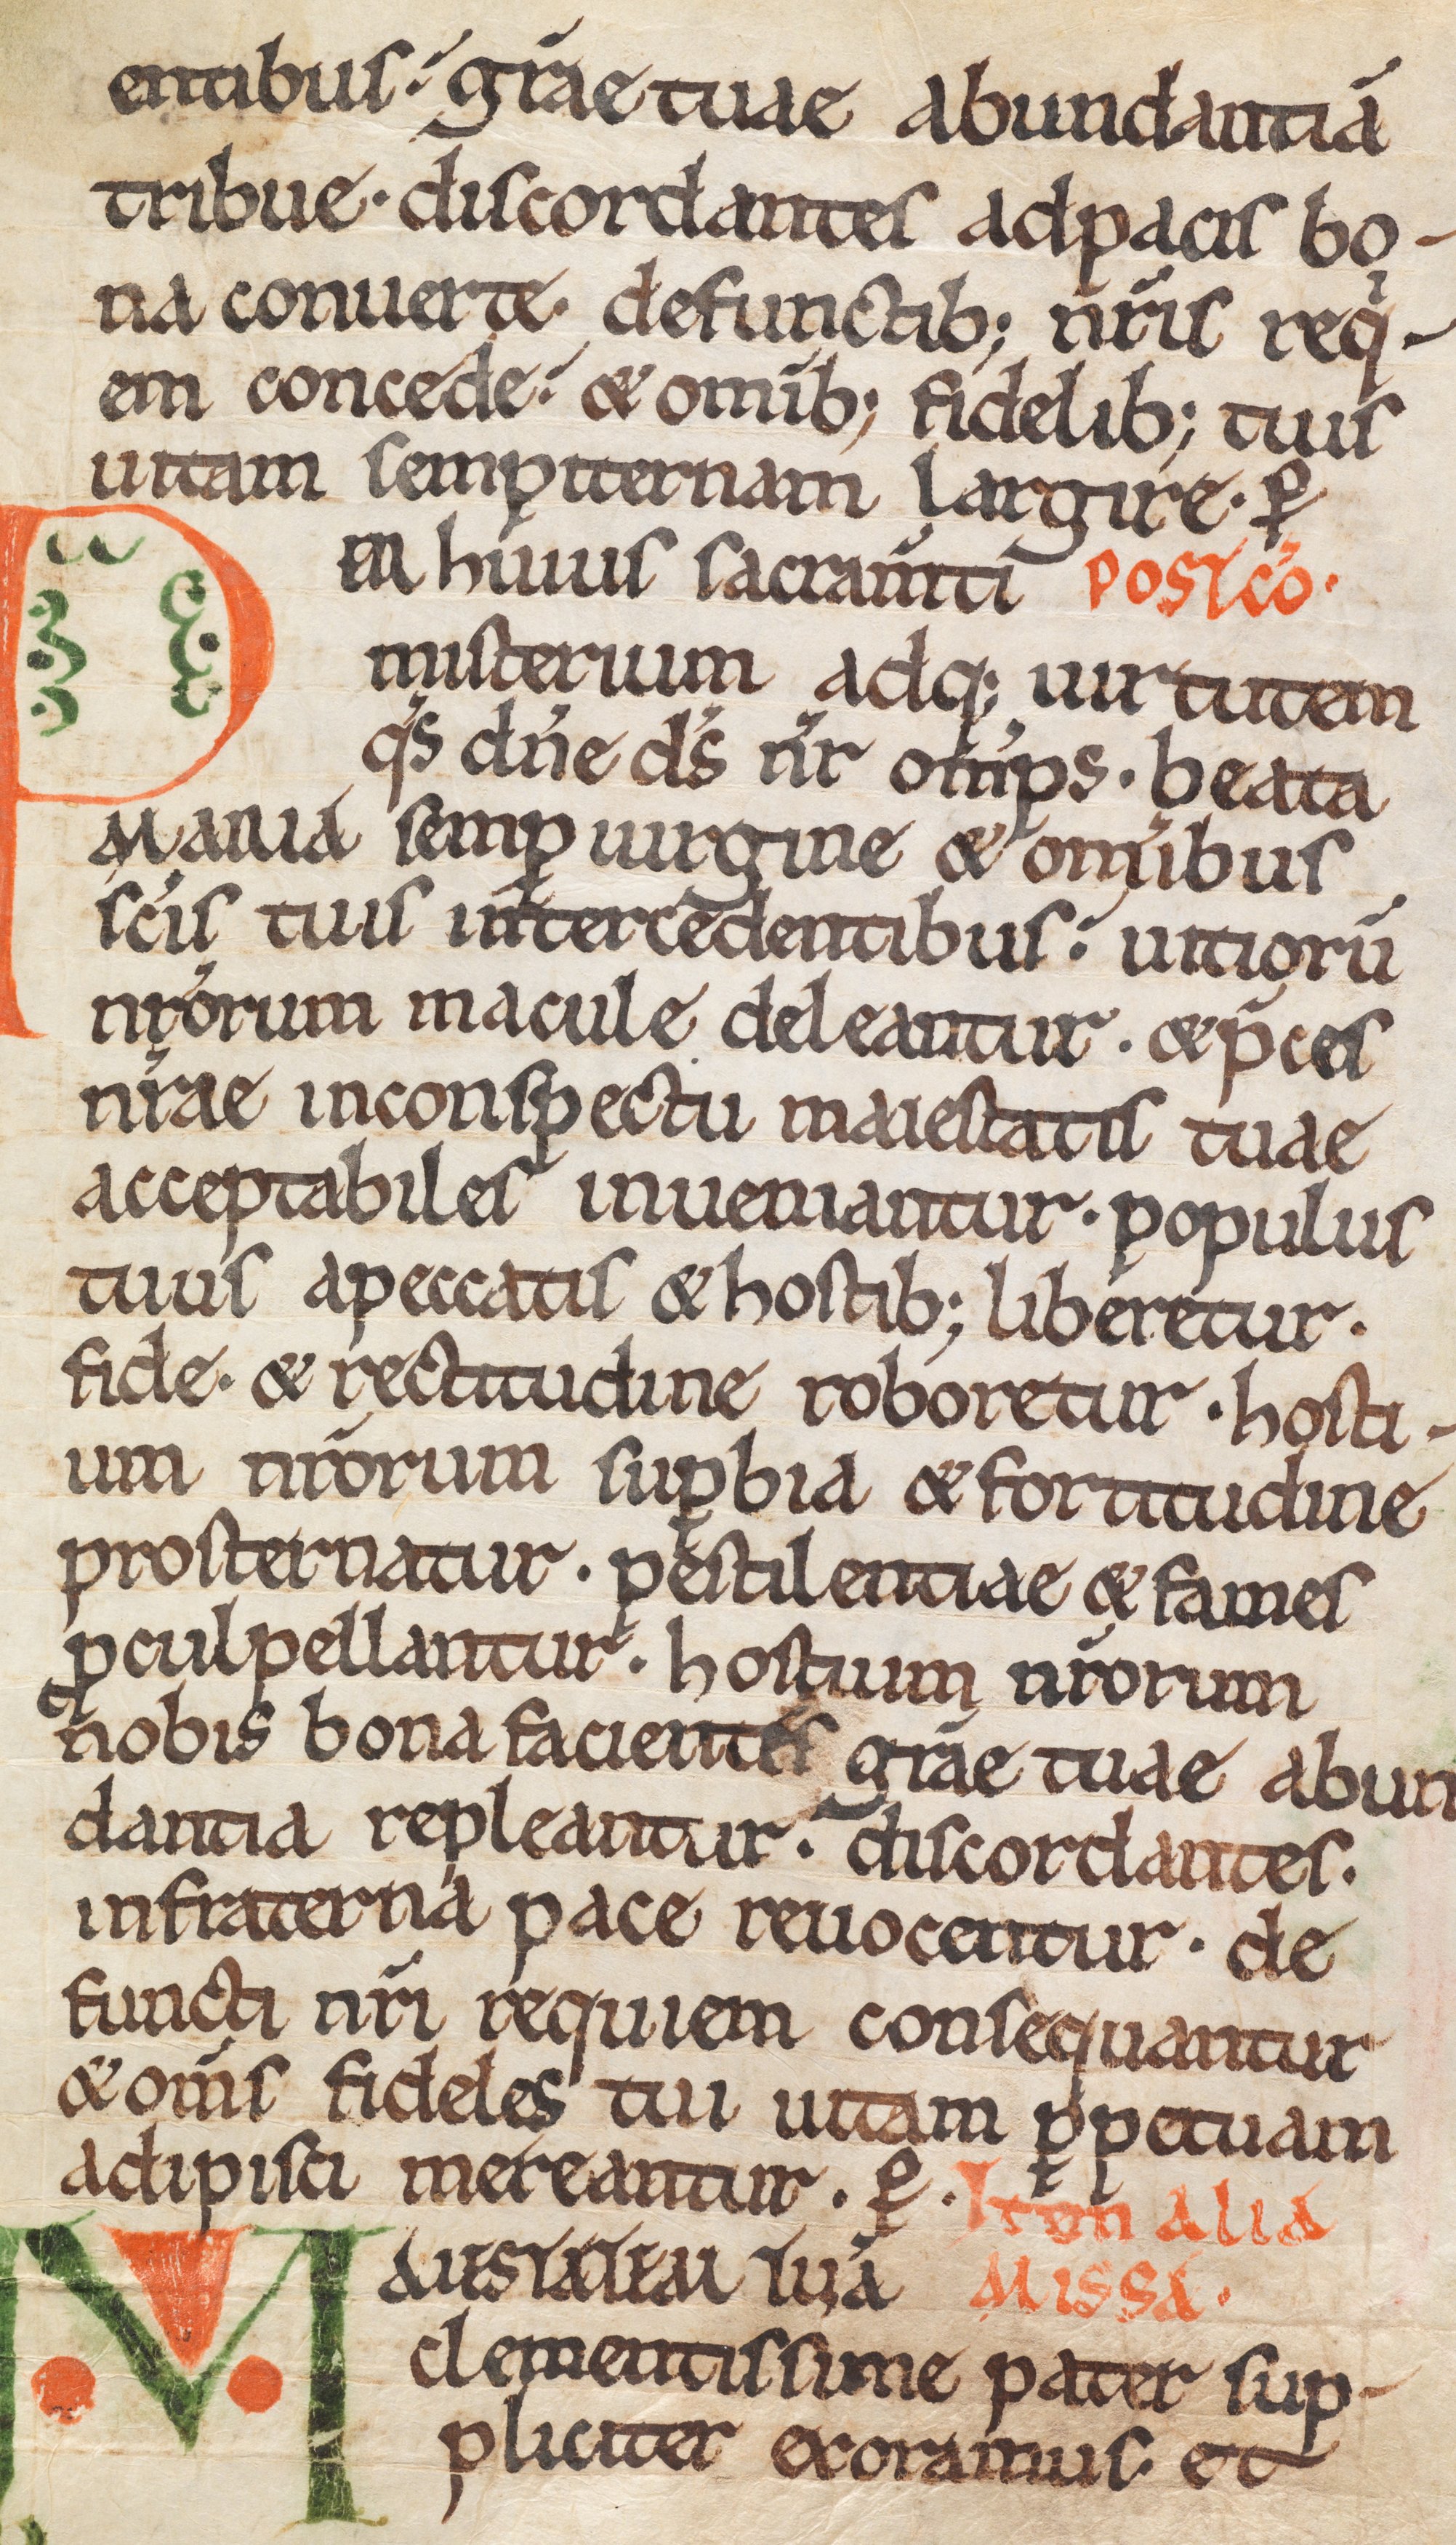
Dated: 1075–1115